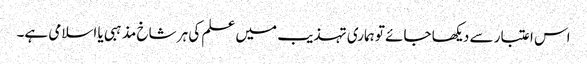
اس اعتبار سے دیکھا جائے تو ہماری تہذیب میں علم کی ہر شاخ مذہبی یا اسلامی ہے۔